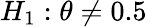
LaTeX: \textstyle H_{1}:\theta\neq 0.5